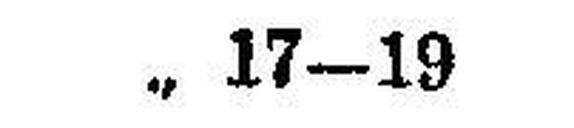
„ 17—19